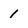
Character: 1